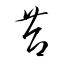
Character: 苔